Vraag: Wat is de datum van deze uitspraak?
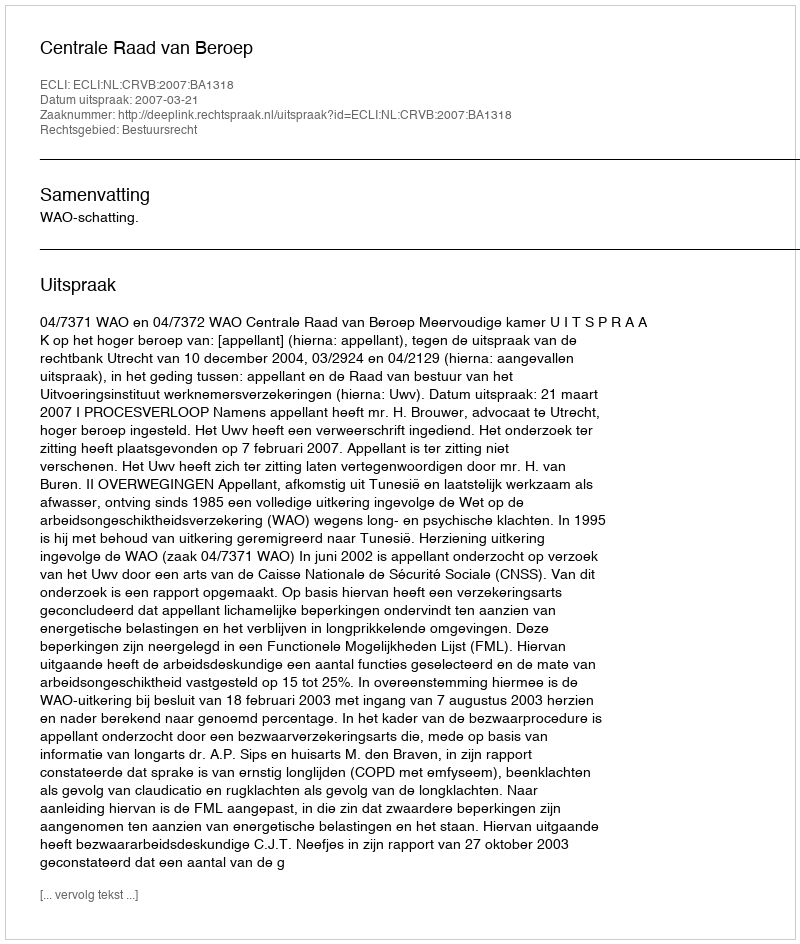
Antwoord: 2007-03-21